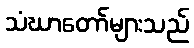
သံဃာတော်များသည်